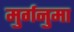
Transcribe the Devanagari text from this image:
मुर्गनुमा